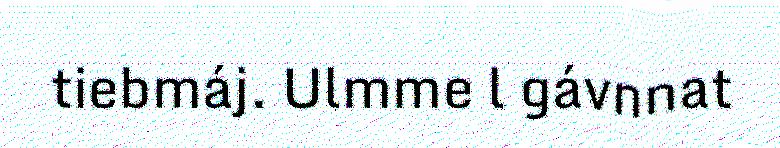
tiebmáj. Ulmme l gávnnat